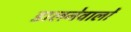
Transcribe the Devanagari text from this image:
डालनेवालों